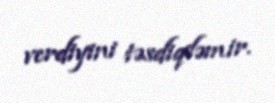
verdiyini təsdiqləmir.